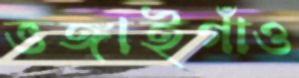
ভঙ্গাইগাঁও